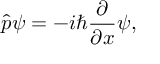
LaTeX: { \hat { p } } \psi = - i \hbar { \frac { \partial } { \partial x } } \psi ,